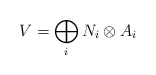
\begin{align*}V=\bigoplus_i N_i\otimes A_i\end{align*}